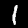
Digit: 1